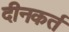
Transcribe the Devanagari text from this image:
दीनकर्त